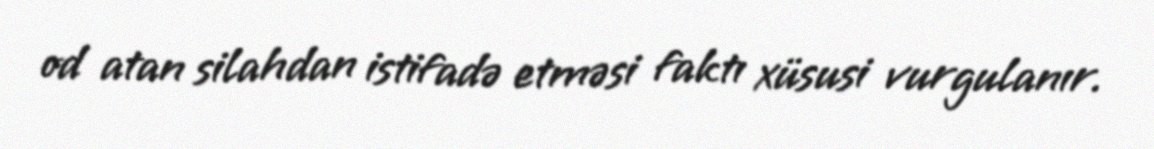
od atan silahdan istifadə etməsi faktı xüsusi vurgulanır.